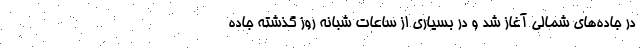
در جاده‌های شمالی آغاز شد و در بسیاری از ساعات شبانه روز گذشته جاده